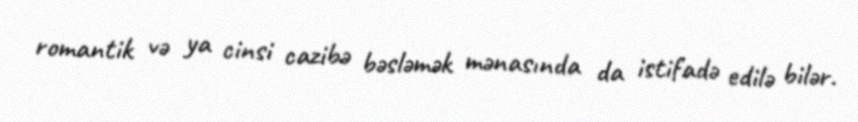
romantik və ya cinsi cazibə bəsləmək mənasında da istifadə edilə bilər.